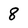
Character: 8